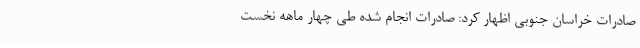
صادرات خراسان جنوبی اظهار کرد: صادرات انجام شده طی چهار ماهه نخست